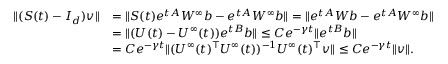
\begin{array} { r l } { \| ( S ( t ) - I _ { d } ) v \| } & { = \| S ( t ) e ^ { t A } W ^ { \infty } b - e ^ { t A } W ^ { \infty } b \| = \| e ^ { t A } W b - e ^ { t A } W ^ { \infty } b \| } \\ & { = \| ( U ( t ) - U ^ { \infty } ( t ) ) e ^ { t B } b \| \le C e ^ { - \gamma t } \| e ^ { t B } b \| } \\ & { = C e ^ { - \gamma t } \| ( U ^ { \infty } ( t ) ^ { \top } U ^ { \infty } ( t ) ) ^ { - 1 } U ^ { \infty } ( t ) ^ { \top } v \| \le C e ^ { - \gamma t } \| v \| . } \end{array}